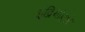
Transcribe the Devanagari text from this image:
इंद्रियांद्वारे